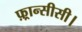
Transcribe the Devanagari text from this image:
फ़्रान्सीसी।